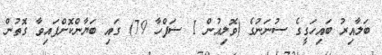
ބަލާއިރު ބައިހަގީގެ ސުނަނުގެ (ވޮލިއުން 1 ސަފްހާ 79) ގައި ބަޔާންކޮށްފައިވާ ގޮތުން